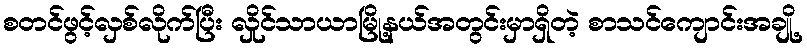
စတင်ဖွင့်လှစ်လိုက်ပြီး လှိုင်သာယာမြို့နယ်အတွင်းမှာရှိတဲ့ စာသင်ကျောင်းအချို့